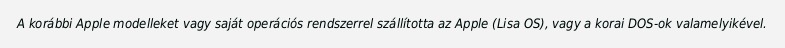
A korábbi Apple modelleket vagy saját operációs rendszerrel szállította az Apple (Lisa OS), vagy a korai DOS-ok valamelyikével.